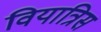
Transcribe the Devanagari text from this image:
वियात्रिस